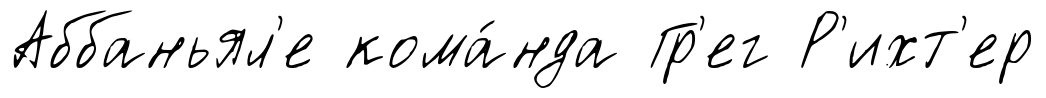
Аббаньял'е кома́нда Гр'ег Р'ихт'ер